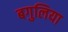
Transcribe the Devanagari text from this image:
बगुलिया